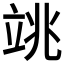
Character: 𥩼